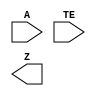
/**
 * Copyright 2020 The SkyWater PDK Authors
 *
 * Licensed under the Apache License, Version 2.0 (the "License");
 * you may not use this file except in compliance with the License.
 * You may obtain a copy of the License at
 *
 *     https://www.apache.org/licenses/LICENSE-2.0
 *
 * Unless required by applicable law or agreed to in writing, software
 * distributed under the License is distributed on an "AS IS" BASIS,
 * WITHOUT WARRANTIES OR CONDITIONS OF ANY KIND, either express or implied.
 * See the License for the specific language governing permissions and
 * limitations under the License.
 *
 * SPDX-License-Identifier: Apache-2.0
 */

`ifndef SKY130_FD_SC_HS__EINVP_BLACKBOX_V
`define SKY130_FD_SC_HS__EINVP_BLACKBOX_V

/**
 * einvp: Tri-state inverter, positive enable.
 *
 * Verilog stub definition (black box without power pins).
 *
 * WARNING: This file is autogenerated, do not modify directly!
 */

`timescale 1ns / 1ps
`default_nettype none

(* blackbox *)
module sky130_fd_sc_hs__einvp (
    A ,
    TE,
    Z
);

    input  A ;
    input  TE;
    output Z ;

    // Voltage supply signals
    supply1 VPWR;
    supply0 VGND;

endmodule

`default_nettype wire
`endif  // SKY130_FD_SC_HS__EINVP_BLACKBOX_V